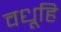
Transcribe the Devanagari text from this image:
वधूहि